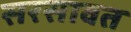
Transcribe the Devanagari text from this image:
सरसावत